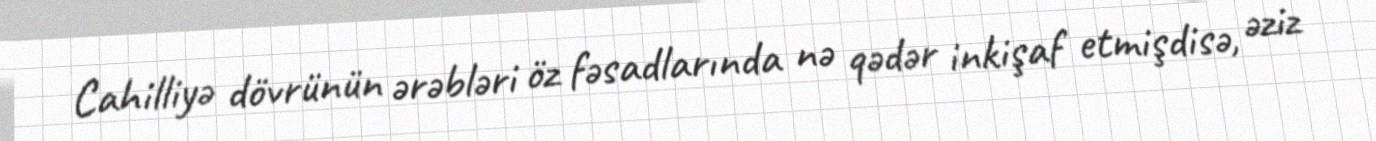
Cahilliyə dövrünün ərəbləri öz fəsadlarında nə qədər inkişaf etmişdisə, əziz